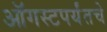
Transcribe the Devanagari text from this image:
ऑगस्टपर्यंतचे